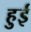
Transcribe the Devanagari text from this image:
हुुई